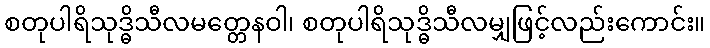
စတုပါရိသုဒ္ဓိသီလမတ္တေနဝါ၊ စတုပါရိသုဒ္ဓိသီလမျှဖြင့်လည်းကောင်း။